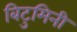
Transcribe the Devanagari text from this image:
बिटुमिनी